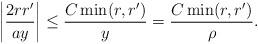
LaTeX: \begin{align*}\left |{2 r r' \over a y} \right | \le {C \min(r,r') \over y} = {C \min(r,r') \over \rho}.\end{align*}